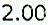
2.00